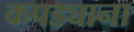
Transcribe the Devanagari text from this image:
कपड्याना